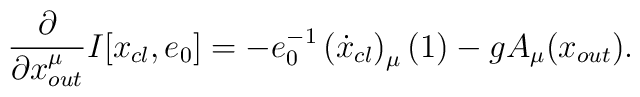
\frac{\partial}{\partial{x}^{\mu}_{out}}I[x_{cl},e_{0}]=-e_{0}^{-1}\left(\dot{x}_{cl}\right)_{\mu}(1)-gA_{\mu}(x_{out}).